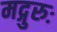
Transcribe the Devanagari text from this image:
मद्गुरुः